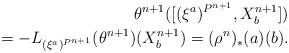
LaTeX: \begin{align*}\theta^{n+1} ([(\xi^{a})^{P^{n+1}}, X_{b}^{n+1}])\\= - L_{(\xi^{a})^{P^{n+1}}}(\theta^{n+1}) (X_{b}^{n+1}) =(\rho^{n})_{*}(a)(b).\end{align*}